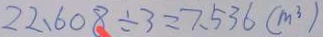
2 2 . 6 0 8 \div 3 = 7 . 5 3 6 ( m ^ { 3 } )